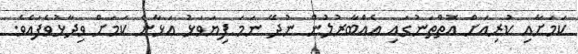
ކަމަށާއި ކުރިއަށް އޮތްތަނުގައި އެއްބާރުލުން ނުދޭ ނަމަ ފިޔަވަޅު އަޅާނެ ކަމަށް ވިދާޅުވެފައެވެ.